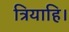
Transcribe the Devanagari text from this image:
त्रियाहि।